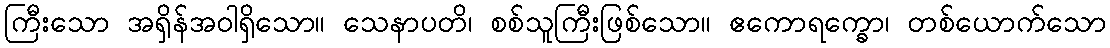
ကြီးသော အရှိန်အဝါရှိသော။ သေနာပတိ၊ စစ်သူကြီးဖြစ်သော။ ဧကောရက္ခော၊ တစ်ယောက်သော